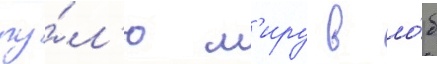
пу́л'ю м'иру в ло́б